65_HS1-834228961_62-HQ-83894_Serial_130
Agency: FBI
Page 112
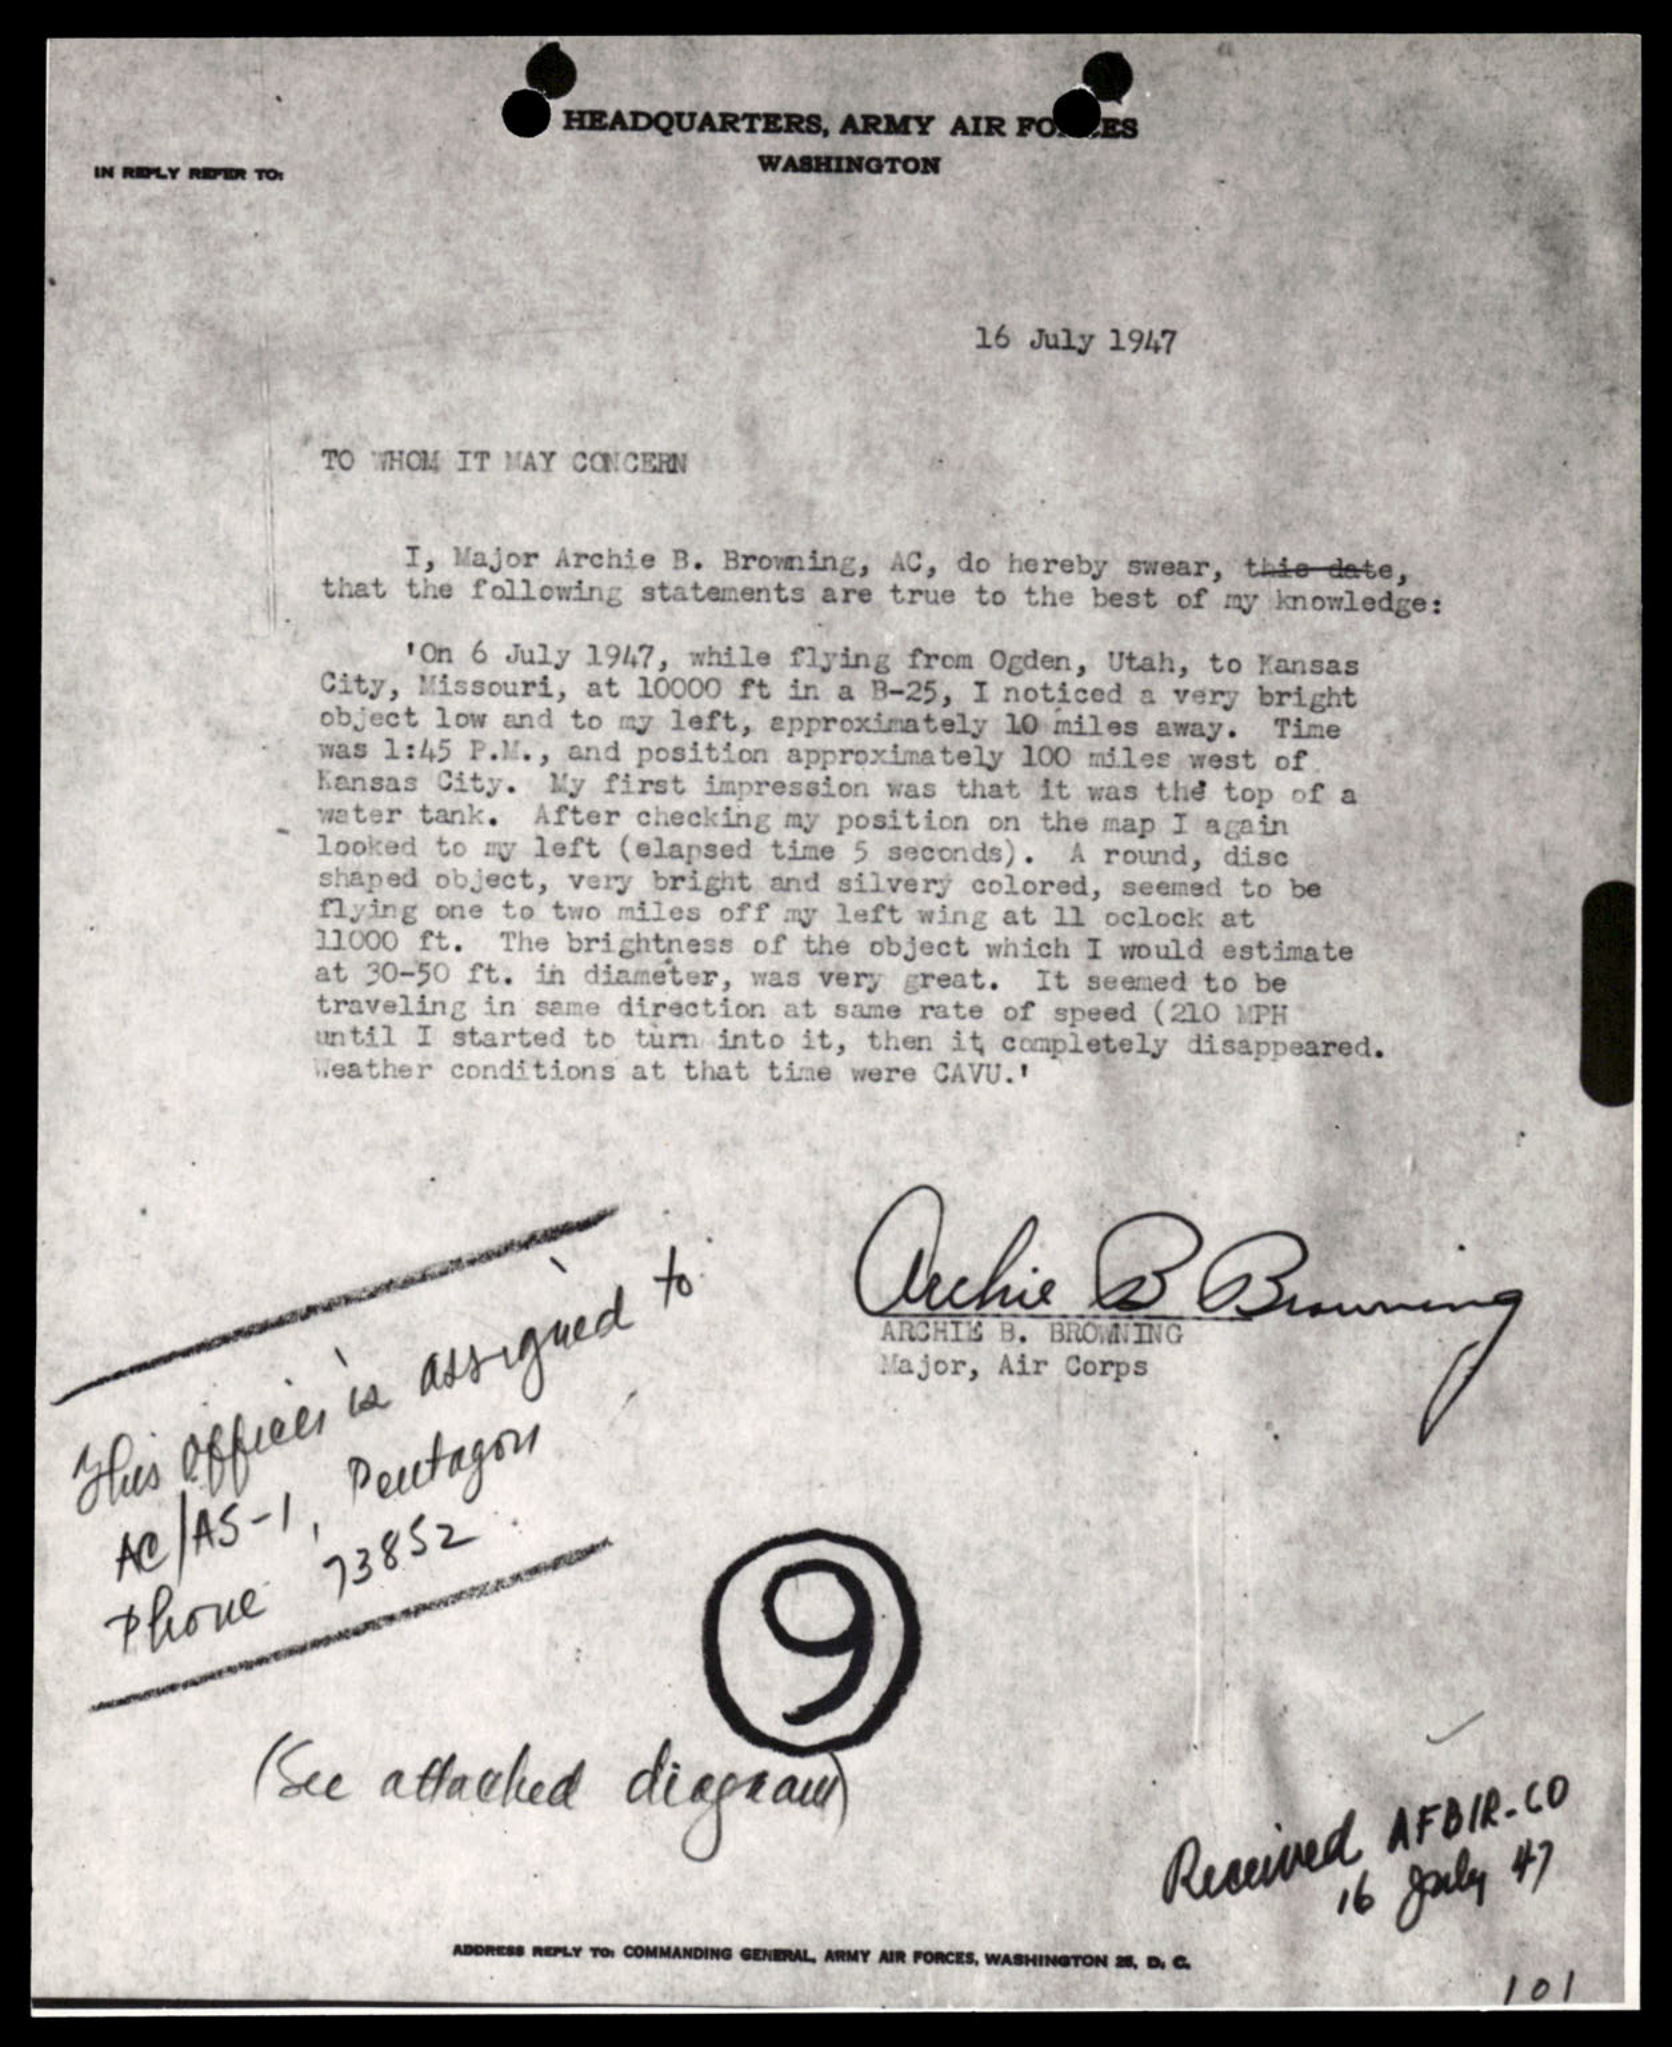